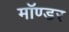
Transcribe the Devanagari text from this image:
मॉण्डर